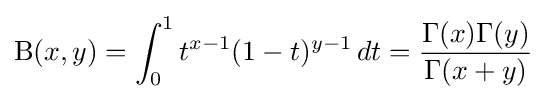
\mathrm {B} (x,y)=\int _{0}^{1}t^{x-1}(1-t)^{y-1}\,dt={\frac {\Gamma (x)\Gamma (y)}{\Gamma (x+y)}}